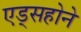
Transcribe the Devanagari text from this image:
एड्सहोने